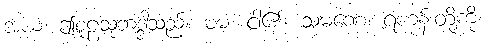
အယံ၊ ဤစူဠသုဘဒ္ဒါသည်။ မမ၊ ငါ၏။ သမဏေ၊ ရဟန်းတို့ကို။